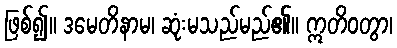
ဖြစ်၍။ ဒမေတိနာမ၊ ဆုံးမသည်မည်၏။ ဣတိဝတွာ၊